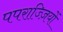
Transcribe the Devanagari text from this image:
पपराज्ज़ियों